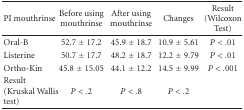
<table><thead><tr><td><b>PI mouthrinse</b></td><td><b>Before using mouthrinse</b></td><td><b>After using mouthrinse</b></td><td><b>Changes</b></td><td><b>Result (Wilcoxon Test)</b></td></tr></thead><tbody><tr><td>Oral-B</td><td>52.7 ± 17.2</td><td>45.9 ± 18.7</td><td>10.9 ± 5.61</td><td><i>P</i> &lt; .01</td></tr><tr><td>Listerine</td><td>50.7 ± 17.7</td><td>48.2 ± 18.7</td><td>12.2 ± 9.79</td><td><i>P</i> &lt; .01</td></tr><tr><td>Ortho-Kin</td><td>45.8 ± 15.05</td><td>44.1 ± 12.2</td><td>14.5 ± 9.99</td><td><i>P</i> &lt; .001</td></tr><tr><td>Result (Kruskal Wallis test)</td><td><i>P</i> &lt; .2</td><td><i>P</i> &lt; .8</td><td><i>P</i> &lt; .2</td><td></td></tr></tbody></table>